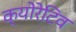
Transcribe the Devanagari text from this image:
क्योरेटिव